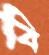
বি